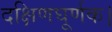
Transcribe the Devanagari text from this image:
दक्षिणघूर्णक।